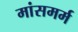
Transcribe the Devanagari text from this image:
मांसमर्म